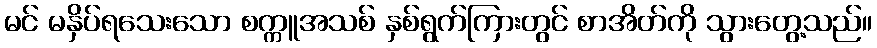
မင် မနှိပ်ရသေးသော စက္ကူအသစ် နှစ်ရွက်ကြားတွင် စာအိတ်ကို သွားတွေ့သည်။